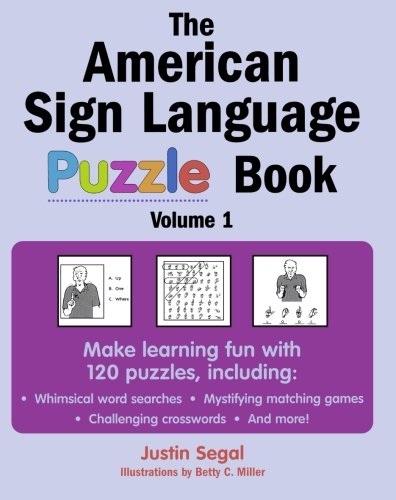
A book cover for The American Sign Language Puzzle Book; Justin Segal; Reference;